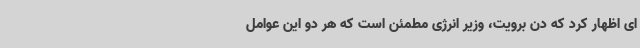
ای اظهار کرد که دن برویت، وزیر انرژی مطمئن است که هر دو این عوامل